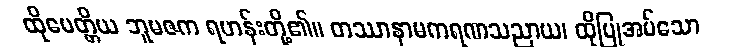
ထိုမေတ္တိယ ဘူမဇက ရဟန်းတို့၏။ တဿာနာမကရဏသညာယ၊ ထိုပြုအပ်သော